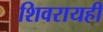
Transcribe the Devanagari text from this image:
शिवरायही